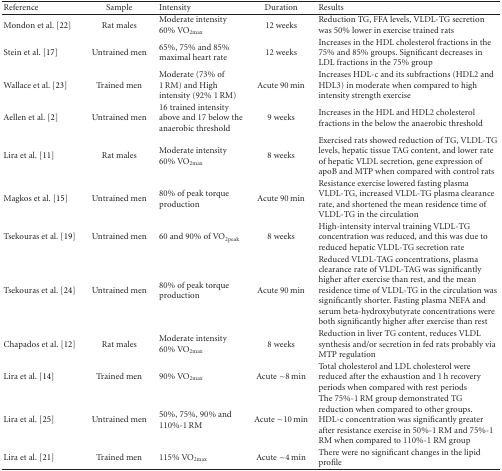
<table><thead><tr><td><b>Reference</b></td><td><b>Sample</b></td><td><b>Intensity</b></td><td><b>Duration</b></td><td><b>Results</b></td></tr></thead><tbody><tr><td>Mondon et al. [22]</td><td>Rat males</td><td>Moderate intensity 60% VO<sub>2max</sub></td><td>12 weeks</td><td> Reduction TG, FFA levels, VLDL-TG secretion was 50% lower in exercise trained rats</td></tr><tr><td>Stein et al. [17]</td><td>Untrained men</td><td>65%, 75% and 85% maximal heart rate</td><td>12 weeks</td><td>Increases in the HDL cholesterol fractions in the 75% and 85% groups. Significant decreases in LDL fractions in the 75% group</td></tr><tr><td>Wallace et al. [23]</td><td>Trained men</td><td>Moderate (73% of 1 RM) and High intensity (92% 1 RM)</td><td>Acute 90 min</td><td>Increases HDL-c and its subfractions (HDL2 and HDL3) in moderate when compared to high intensity strength exercise</td></tr><tr><td>Aellen et al. [2]</td><td>Untrained men</td><td> 16 trained intensity above and 17 below the anaerobic threshold</td><td>9 weeks</td><td>Increases in the HDL and HDL2 cholesterol fractions in the below the anaerobic threshold</td></tr><tr><td>Lira et al. [11]</td><td>Rat males</td><td>Moderate intensity 60% VO<sub>2max</sub></td><td>8 weeks</td><td>Exercised rats showed reduction of TG, VLDL-TG levels, hepatic tissue TAG content, and lower rate of hepatic VLDL secretion, gene expression of apoB and MTP when compared with control rats</td></tr><tr><td>Magkos et al. [15]</td><td>Untrained men</td><td>80% of peak torque production</td><td>Acute 90 min</td><td>Resistance exercise lowered fasting plasma VLDL-TG, increased VLDL-TG plasma clearance rate, and shortened the mean residence time of VLDL-TG in the circulation</td></tr><tr><td>Tsekouras et al. [19]</td><td>Untrained men</td><td>60 and 90% of VO<sub>2peak</sub></td><td>8 weeks</td><td>High-intensity interval training VLDL-TG concentration was reduced, and this was due to reduced hepatic VLDL-TG secretion rate</td></tr><tr><td>Tsekouras et al. [24]</td><td>Untrained men</td><td>80% of peak torque production</td><td>Acute 90 min</td><td>Reduced VLDL-TAG concentrations, plasma clearance rate of VLDL-TAG was significantly higher after exercise than rest, and the mean residence time of VLDL-TG in the circulation was significantly shorter. Fasting plasma NEFA and serum beta-hydroxybutyrate concentrations were both significantly higher after exercise than rest</td></tr><tr><td>Chapados et al. [12]</td><td>Rat males</td><td>Moderate intensity 60% VO<sub>2max</sub></td><td>8 weeks</td><td>Reduction in liver TG content, reduces VLDL synthesis and/or secretion in fed rats probably via MTP regulation</td></tr><tr><td>Lira et al. [14]</td><td>Trained men</td><td>90% VO<sub>2max</sub></td><td>Acute ~8 min</td><td>Total cholesterol and LDL cholesterol were reduced after the exhaustion and 1 h recovery periods when compared with rest periods</td></tr><tr><td>Lira et al. [25]</td><td>Untrained men</td><td>50%, 75%, 90% and 110%-1 RM</td><td>Acute ~10 min</td><td>The 75%-1 RM group demonstrated TG reduction when compared to other groups. HDL-c concentration was significantly greater after resistance exercise in 50%-1 RM and 75%-1 RM when compared to 110%-1 RM group</td></tr><tr><td>Lira et al. [21]</td><td>Trained men</td><td>115% VO<sub>2max</sub></td><td>Acute ~4 min</td><td>There were no significant changes in the lipid profile</td></tr></tbody></table>